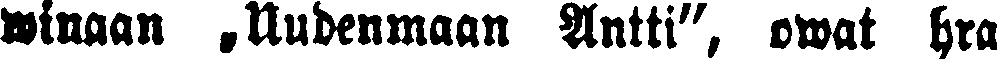
winaan „Uudenmaan Antti", ovat hra